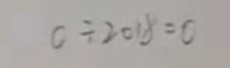
0 \div 2 0 1 8 = 0